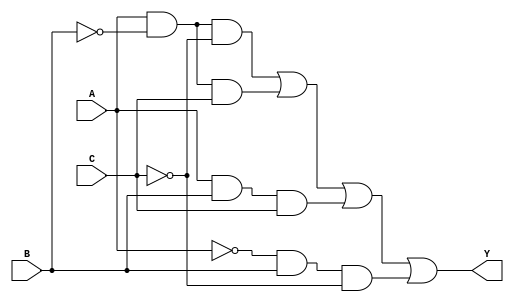
module k_map (
    input wire A,    // First variable
    input wire B,    // Second variable
    input wire C,    // Third variable
    output wire Y    // Output
);

// K-map implementation
// Truth table based on the provided minterms
// The function can be derived from the K-map simplification
// Assuming for this example the function is represented as:
assign Y = (A & ~B & ~C) | (A & ~B & C) | (A & B & C) | (~A & B & ~C);

endmodule